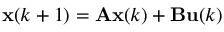
\mathbf { x } ( k + 1 ) = \mathbf { A } \mathbf { x } ( k ) + \mathbf { B } \mathbf { u } ( k )